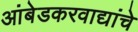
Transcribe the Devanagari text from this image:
आंबेडकरवाद्यांचे